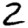
Digit: 2